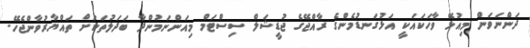
ދަންނަވަން މިއުޅޭ ވާހަކައަކީ އަޅުގަނޑުމެންގެ ރާއްޖޭގެ ޖުޑީޝަލް ސިސްޓަމް މިއަންނަމުންދާ ބަދަލުތަކަށް ތައްޔާރުވާންޖެހޭ.